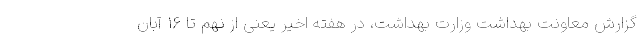
گزارش معاونت بهداشت وزارت بهداشت، در هفته اخیر یعنی از نهم تا ۱۶ آبان